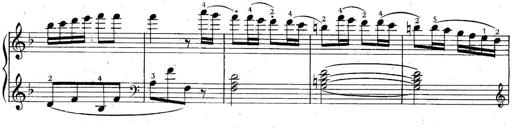
Title: 6 Easy Sonatinas
Composer: Carl Czerny